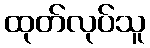
ထုတ်လုပ်သူ